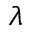
\lambda